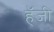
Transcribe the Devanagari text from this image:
हॅजी